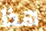
هذا